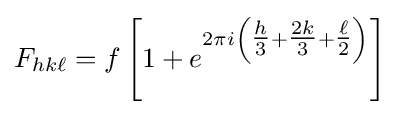
F_{hk\ell }=f\left[1+e^{2\pi i\left({\tfrac {h}{3}}+{\tfrac {2k}{3}}+{\tfrac {\ell }{2}}\right)}\right]